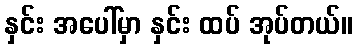
နှင်း အပေါ်မှာ နှင်း ထပ် အုပ်တယ်။